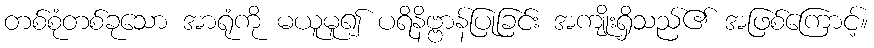
တစ်စုံတစ်ခုသော အာရုံကို မယူမူ၍ ပရိနိဗ္ဗာန်ပြုခြင်း အကျိုးရှိသည်၏ အဖြစ်ကြောင့်။